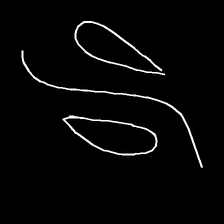
Glyph: water